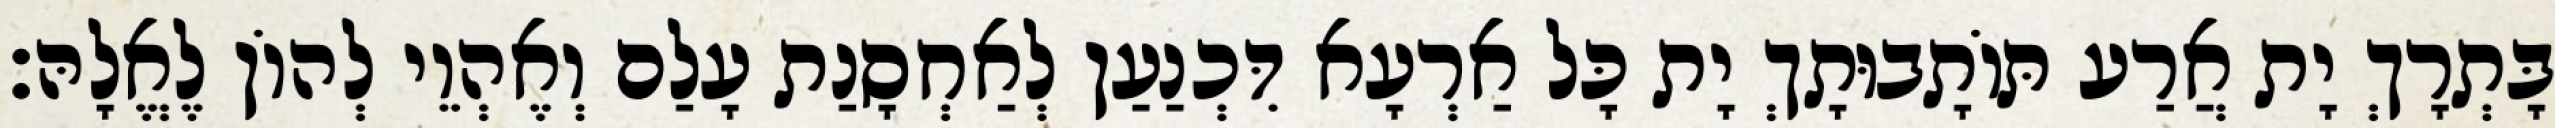
בָּתְרָךְ יָת אֲרַע תּוֹתָבוּתָךְ יָת כָּל אַרְעָא דִּכְנַעַן לְאַחְסָנַת עָלַם וְאֶהְוֵי לְהוֹן לֶאֱלָהּ׃